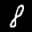
Label: 8